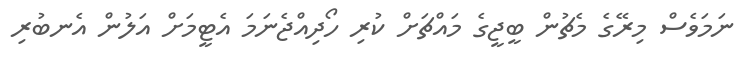
ނަމަވެސް މިރޭގެ މެޗުން ބީޖީގެ މައްޗަށް ކުރި ހޯދިއްޖެނަމަ އެޓީމަށް އަލުން އެނބުރި